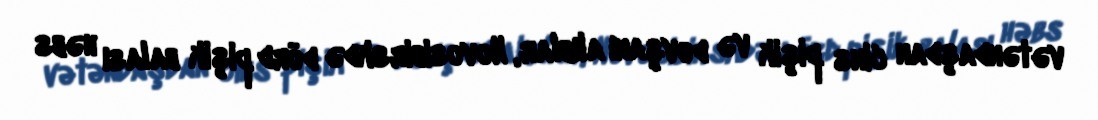
vətəndaşdan cins pişik və dovşanı alıblar, Novosibirskdə dörd pişik balası həbs